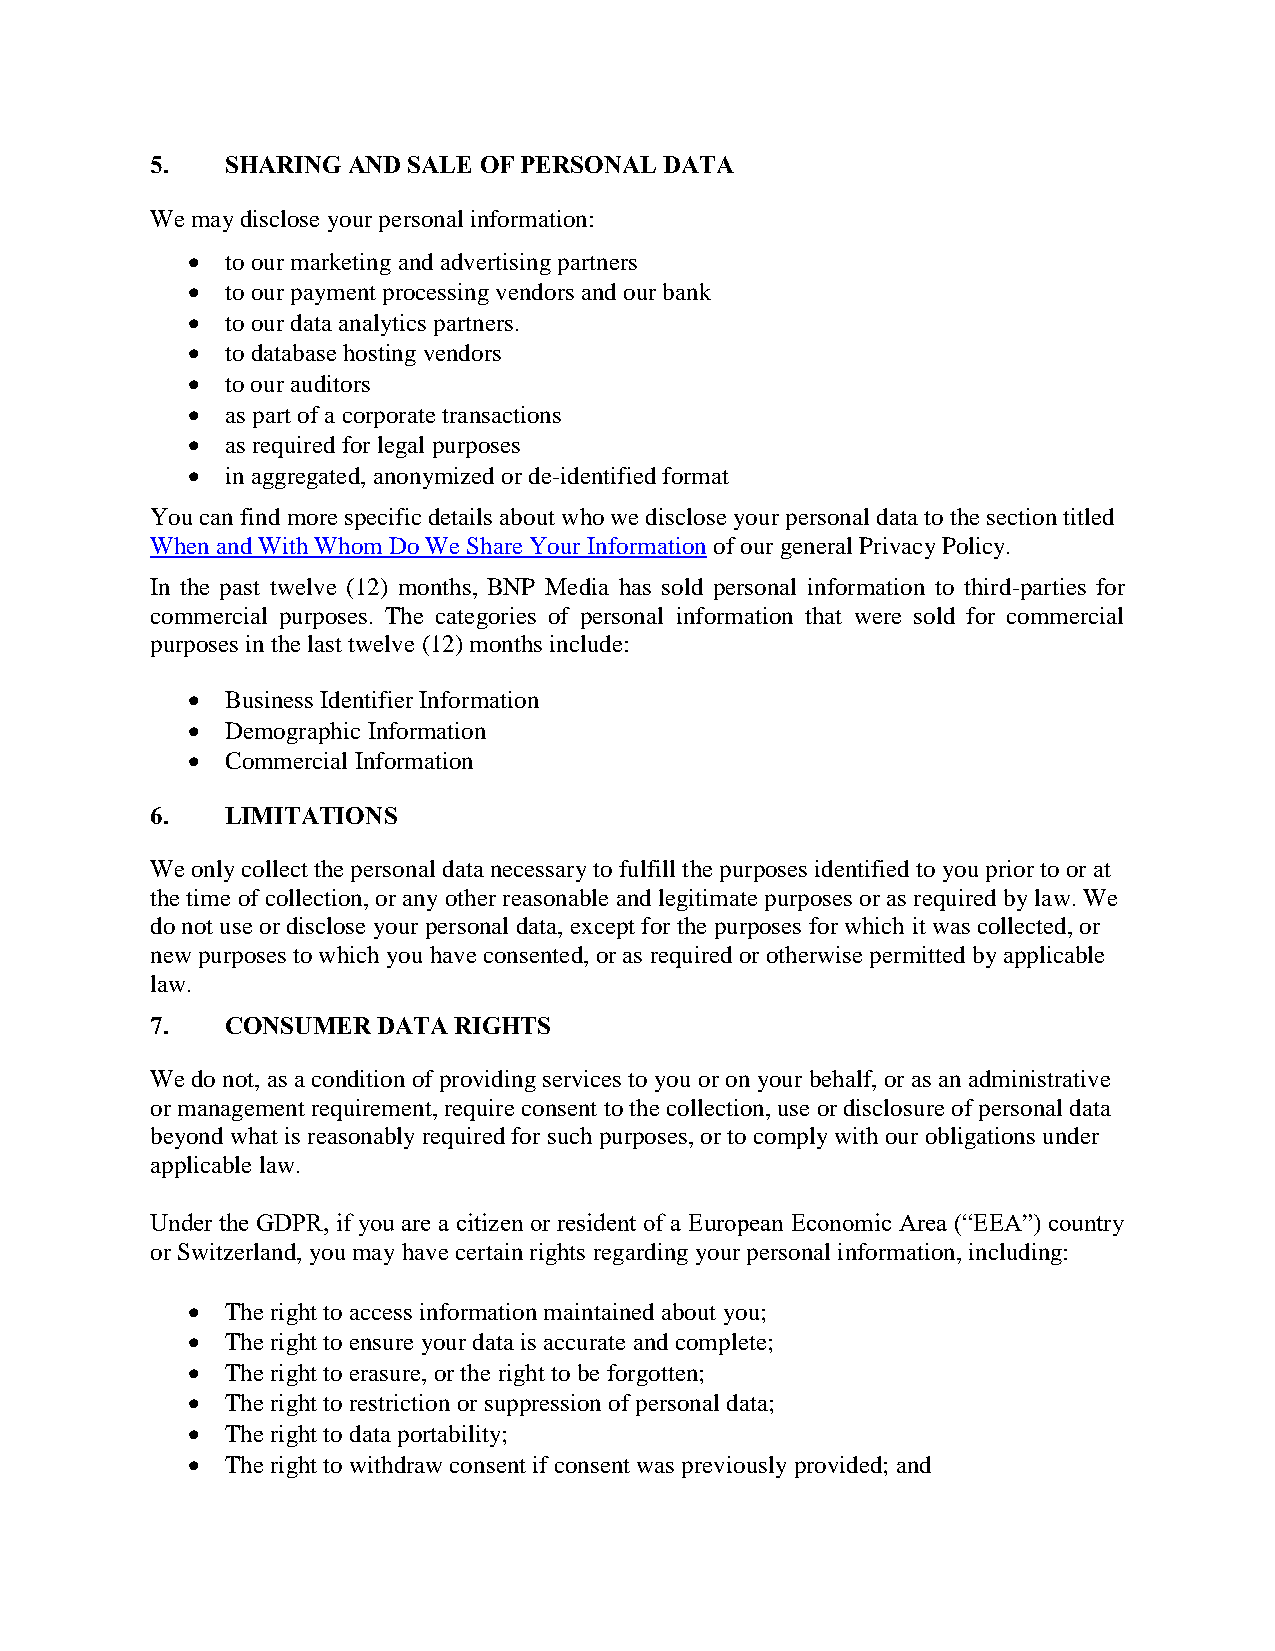
5.   SHARING AND SALE OF PERSONAL DATA
 We may disclose your personal information:
   to our marketing and advertising partners
   to our payment processing vendors and our bank
   to our data analytics partners.
   to database hosting vendors
   to our auditors
   as part of a corporate transactions
   as required for legal purposes
   in aggregated, anonymized or de-identified format
 You can find more specific details about who we disclose your personal data to the section titled
 When and With Whom Do We Share Your Information of our general Privacy Policy.
 In the past twelve (12) months, BNP Media has sold personal information to third-parties for
 commercial purposes. The categories of personal information that were sold for commercial
 purposes in the last twelve (12) months include:
   Business Identifier Information
   Demographic Information
   Commercial Information
 6.   LIMITATIONS
 We only collect the personal data necessary to fulfill the purposes identified to you prior to or at
 the time of collection, or any other reasonable and legitimate purposes or as required by law. We
 do not use or disclose your personal data, except for the purposes for which it was collected, or
 new purposes to which you have consented, or as required or otherwise permitted by applicable
 law.
 7.   CONSUMER  DATA RIGHTS
 We do not, as a condition of providing services to you or on your behalf, or as an administrative
 or management requirement, require consent to the collection, use or disclosure of personal data
 beyond what is reasonably required for such purposes, or to comply with our obligations under
 applicable law.
 Under the GDPR, if you are a citizen or resident of a European Economic Area (“EEA”) country
 or Switzerland, you may have certain rights regarding your personal information, including:
   The right to access information maintained about you;
   The right to ensure your data is accurate and complete;
   The right to erasure, or the right to be forgotten;
   The right to restriction or suppression of personal data;
   The right to data portability;
   The right to withdraw consent if consent was previously provided; and